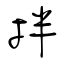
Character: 拌